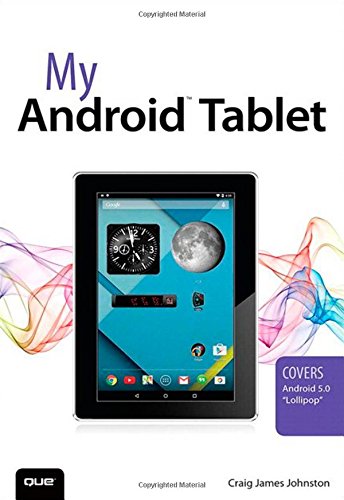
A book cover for My Android Tablet; Craig James Johnston; Computers & Technology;